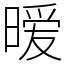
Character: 暧